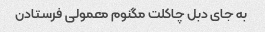
به جای دبل چاکلت مگنوم معمولی فرستادن